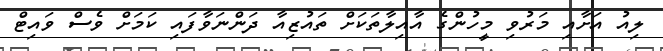
ލިއު އަށާއި މަރުވި މީހުންގެ އާއިލާތަކަށް ތައުޒިއާ ދަންނަވާފައި ކަމަށް ވެސް ވައިޓް